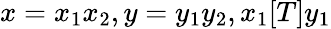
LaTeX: x=x_{1}x_{2},y=y_{1}y_{2},x_{1}[T]y_{1}